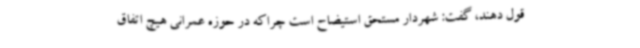
قول دهند، گفت: شهردار مستحق استیضاح است چراکه در حوزه عمرانی هیچ اتفاق